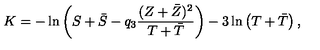
K = - \ln \left( S + \bar { S } - q _ { 3 } \frac { ( Z + \bar { Z } ) ^ { 2 } } { T + \bar { T } } \right) - 3 \ln \left( T + \bar { T } \right) ,